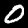
Digit: 0